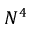
N ^ { 4 }